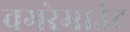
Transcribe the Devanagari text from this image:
वगरेमाउंट